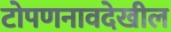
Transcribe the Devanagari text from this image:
टोपणनावदेखील